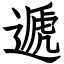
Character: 遞